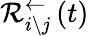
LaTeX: \mathcal{R}_{i\backslash j}^{\leftarrow}\left(t\right)